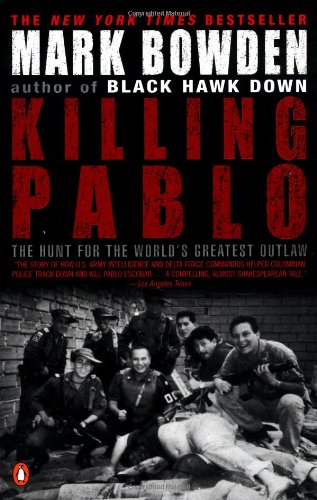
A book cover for Killing Pablo: The Hunt for the World's Greatest Outlaw; Mark Bowden; Biographies & Memoirs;